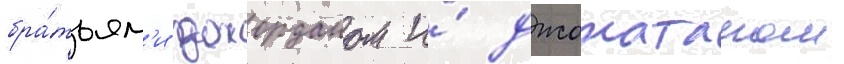
бра́тьям'и джорданом и́ джонатаном